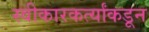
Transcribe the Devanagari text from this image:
स्वीकारकर्त्यांकडून